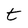
Character: t